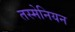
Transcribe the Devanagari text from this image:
तस्मेनियन